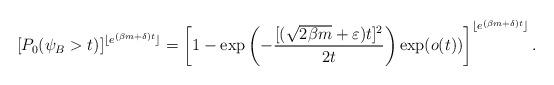
LaTeX: \begin{align*} [P_0(\psi_B>t)]^{\lfloor e^{(\beta m+\delta)t} \rfloor}=\left[1-\exp\left(-\frac{[(\sqrt{2\beta m}+\varepsilon)t]^2}{2t}\right)\exp(o(t))\right]^{\lfloor e^{(\beta m+\delta)t} \rfloor}. \end{align*}